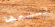
نسمعها